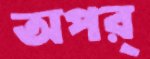
অপর্